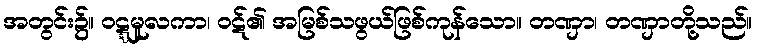
အတွင်း၌။ ဝဋ္ဋမူလကာ၊ ဝဋ်၏ အမြစ်သဖွယ်ဖြစ်ကုန်သော။ တဏှာ၊ တဏှာတို့သည်။